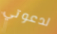
لدعوتي